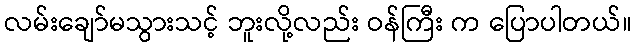
လမ်းချော်မသွားသင့် ဘူးလို့လည်း ဝန်ကြီး က ပြောပါတယ်။